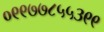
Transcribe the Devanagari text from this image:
०९९७७८५५३९९